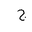
Letter: _gim